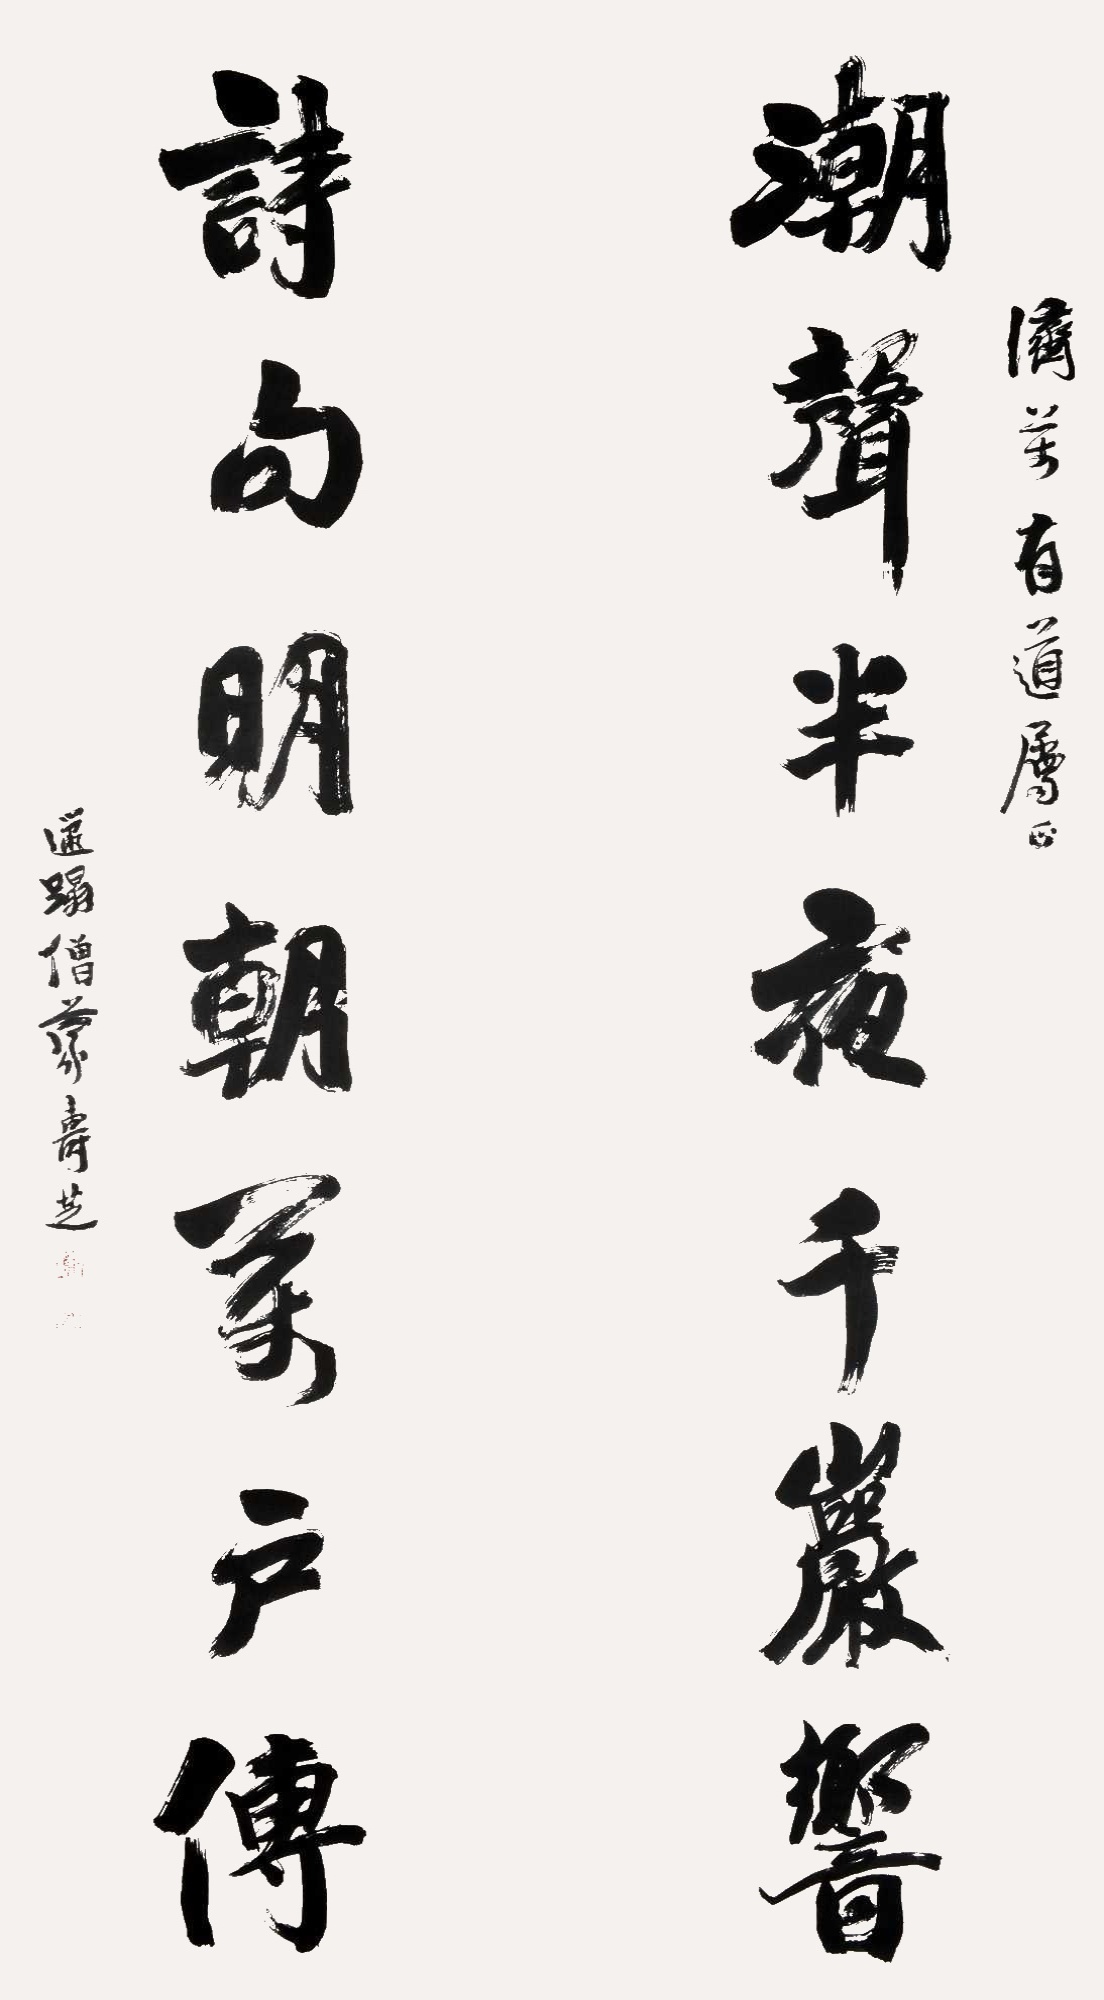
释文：潮声半夜千岩响，诗句明朝家户传。济芳有道属正。邋遢僧蒙寿芝。